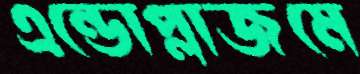
এন্ডোপ্লাজমে